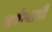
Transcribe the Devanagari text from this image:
सर्वन्यायी